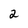
Character: 2